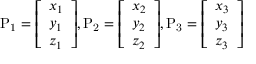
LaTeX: \mathrm { P _ { 1 } } = { \left[ \begin{array} { l } { x _ { 1 } } \\ { y _ { 1 } } \\ { z _ { 1 } } \end{array} \right] } , \mathrm { P _ { 2 } } = { \left[ \begin{array} { l } { x _ { 2 } } \\ { y _ { 2 } } \\ { z _ { 2 } } \end{array} \right] } , \mathrm { P _ { 3 } } = { \left[ \begin{array} { l } { x _ { 3 } } \\ { y _ { 3 } } \\ { z _ { 3 } } \end{array} \right] }